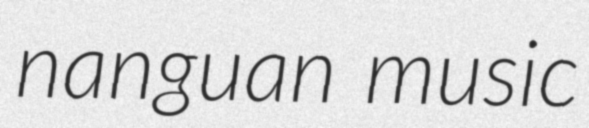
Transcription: nanguan music